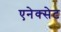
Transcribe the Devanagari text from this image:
एनेक्सेट